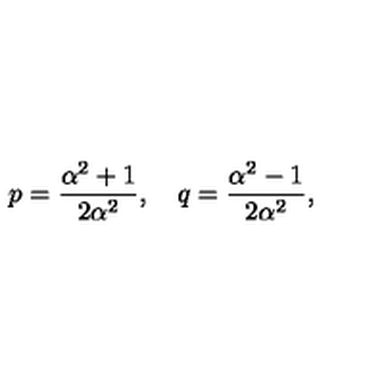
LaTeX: p = \frac { \alpha ^ { 2 } + 1 } { 2 \alpha ^ { 2 } } , \quad q = \frac { \alpha ^ { 2 } - 1 } { 2 \alpha ^ { 2 } } ,